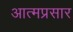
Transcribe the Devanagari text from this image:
आत्मप्रसार